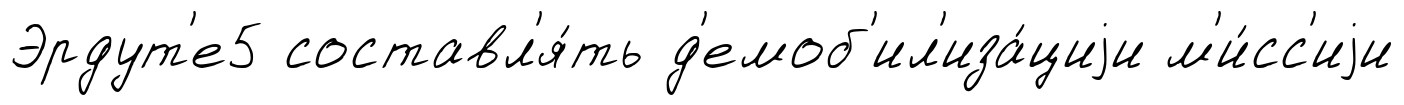
Эрдут'е5 составл'я́ть д'емоб'ил'иза́циjи м'и́сс'иjи